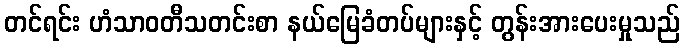
တင်ရင်း ဟံသာဝတီသတင်းစာ နယ်မြေခံတပ်များနှင့် တွန်းအားပေးမှုသည်